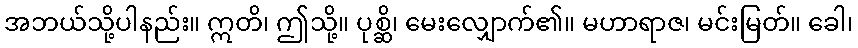
အဘယ်သို့ပါနည်း။ ဣတိ၊ ဤသို့။ ပုစ္ဆိ၊ မေးလျှောက်၏။ မဟာရာဇ၊ မင်းမြတ်။ ခေါ၊